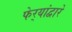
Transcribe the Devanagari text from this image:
फेर्‍यांद्वारे